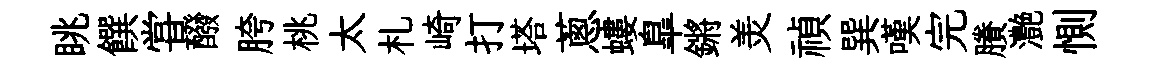
眺饌甞醱胯桃太札崎打塔蔥螻臯鏘羙禎巽嘆完賸灔惻